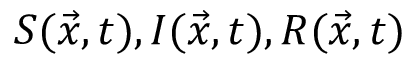
S ( \Vec { x } , t ) , I ( \Vec { x } , t ) , R ( \Vec { x } , t )